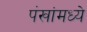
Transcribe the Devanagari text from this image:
पंखांमध्ये